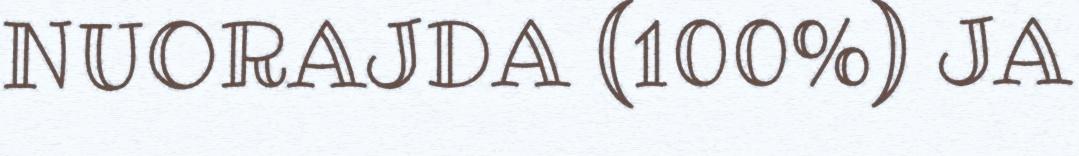
NUORAJDA (100%) JA